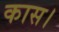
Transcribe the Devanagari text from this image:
कास।